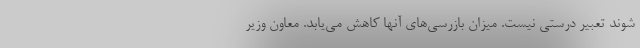
شوند تعبیر درستی نیست. میزان بازرسی‌های آنها کاهش می‌یابد. معاون وزیر